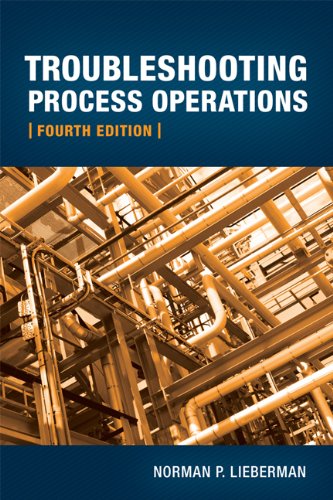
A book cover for Troubleshooting Process Operations, 4th Edition; Norman Lieberman; Engineering & Transportation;